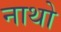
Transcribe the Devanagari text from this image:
नाथो